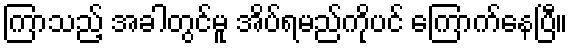
ကြာသည့် အခါတွင်မူ အိပ်ရမည်ကိုပင် ကြောက်နေပြီ။